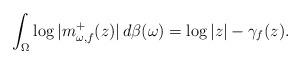
LaTeX: \begin{align*}\int_\Omega \log|m_{\omega,f}^+(z)| \, d\beta(\omega) = \log|z| - \gamma_f(z).\end{align*}